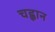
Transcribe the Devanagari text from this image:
चह्वान